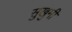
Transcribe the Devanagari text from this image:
सुखुमी